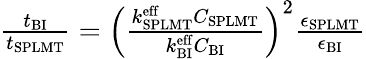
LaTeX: \begin{array}{r}{\frac{t_{\mathrm{BI}}}{t_{\mathrm{SPLMT}}}=\left(\frac{k_{\mathrm{SPLMT}}^{\mathrm{eff}}C_{\mathrm{SPLMT}}}{k_{\mathrm{BI}}^{\mathrm{eff}}C_{\mathrm{BI}}}\right)^{2}\frac{\epsilon_{\mathrm{SPLMT}}}{\epsilon_{\mathrm{BI}}}}\end{array}